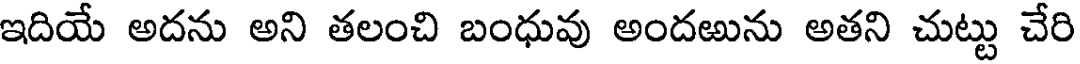
ఇదియే అదను అని తలంచి బంధువు అందఱును అతని చుట్టు చేరి